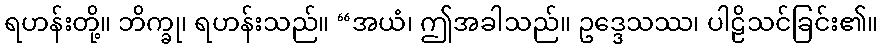
ရဟန်းတို့။ ဘိက္ခု၊ ရဟန်းသည်။ “အယံ၊ ဤအခါသည်။ ဥဒ္ဒေသဿ၊ ပါဠိသင်ခြင်း၏။